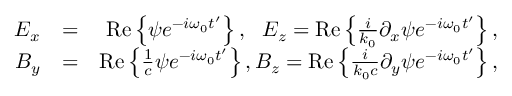
\begin{array} { r l r } { E _ { x } } & { = } & { \mathrm { R e } \left\{ \psi e ^ { - i \omega _ { 0 } t ^ { \prime } } \right\} , \, \, \, \, E _ { z } = \mathrm { R e } \left\{ \frac { i } { k _ { 0 } } \partial _ { x } \psi e ^ { - i \omega _ { 0 } t ^ { \prime } } \right\} , } \\ { B _ { y } } & { = } & { \mathrm { R e } \left\{ \frac { 1 } { c } \psi e ^ { - i \omega _ { 0 } t ^ { \prime } } \right\} , B _ { z } = \mathrm { R e } \left\{ \frac { i } { k _ { 0 } c } \partial _ { y } \psi e ^ { - i \omega _ { 0 } t ^ { \prime } } \right\} , } \end{array}